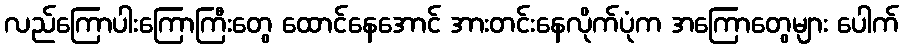
လည်ကြောပါးကြောကြီးတွေ ထောင်နေအောင် အားတင်းနေလိုက်ပုံက အကြောတွေများ ပေါက်